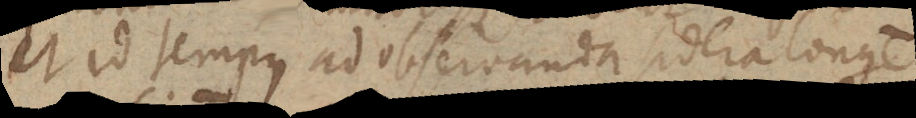
et id tempus ad observanda sidera longe